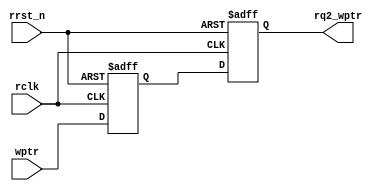
 /*                                                                      
 Copyright 2020 Bryan Lu.
                                                                         
 Licensed under the Apache License, Version 2.0 (the "License");         
 you may not use this file except in compliance with the License.        
 You may obtain a copy of the License at                                 
                                                                         
     http://www.apache.org/licenses/LICENSE-2.0                          
                                                                         
 Unless required by applicable law or agreed to in writing, software    
 distributed under the License is distributed on an "AS IS" BASIS,       
 WITHOUT WARRANTIES OR CONDITIONS OF ANY KIND, either express or implied.
 See the License for the specific language governing permissions and     
 limitations under the License.                                          
 */
 
 //----------------------------------------
 //	Authur:	Bryan Lu
 //	Description: 	
 //		
 //----------------------------------------
 
 module sync_w2r #(
	parameter	ADDR_SIZE = 8
 )(
	input					rclk,
	input					rrst_n,
	input	[ADDR_SIZE:0]	wptr,
	output reg	[ADDR_SIZE:0]	rq2_wptr
 );
 
	reg		[ADDR_SIZE:0]	rq1_wptr;
	
	always @(posedge rclk, negedge rrst_n)
	begin
		if(!rrst_n) begin
			rq1_wptr <= 0;
			rq2_wptr <= 0;
		end
		else begin
			rq1_wptr <= wptr;
			rq2_wptr <= rq1_wptr;			
		end
	end
	
endmodule